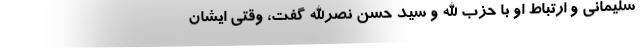
سلیمانی و ارتباط او با حزب الله و سید حسن نصرالله گفت، وقتی ایشان